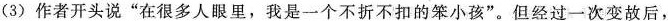
(3)作者开头说”在很多人眼里，我是一个不折不扣的笨小孩”。但经过一次变故后，